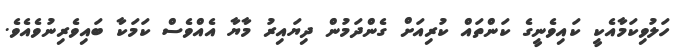
ހަލުވިކަމާއެކީ ކައިވެނީގެ ކަންތައް ކުރިއަށް ގެންދަމުން ދިޔައިރު މާޔާ އެއްވެސް ކަމަކާ ބައިވެރިނުވެއެވެ.